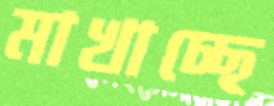
মাখাচ্ছে